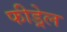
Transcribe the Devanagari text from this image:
फीड्रेल